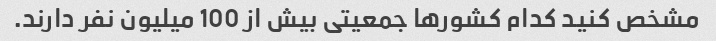
مشخص کنید کدام کشورها جمعیتی بیش از 100 میلیون نفر دارند.